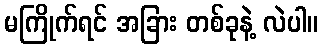
မကြိုက်ရင် အခြား တစ်ခုနဲ့ လဲပါ။